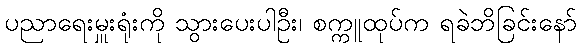
ပညာရေးမှူးရုံးကို သွားပေးပါဦး၊ စက္ကူထုပ်က ရခဲဘိခြင်းနော်